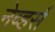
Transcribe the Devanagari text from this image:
नेव्हर्स